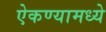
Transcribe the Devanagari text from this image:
ऐकण्यामध्ये